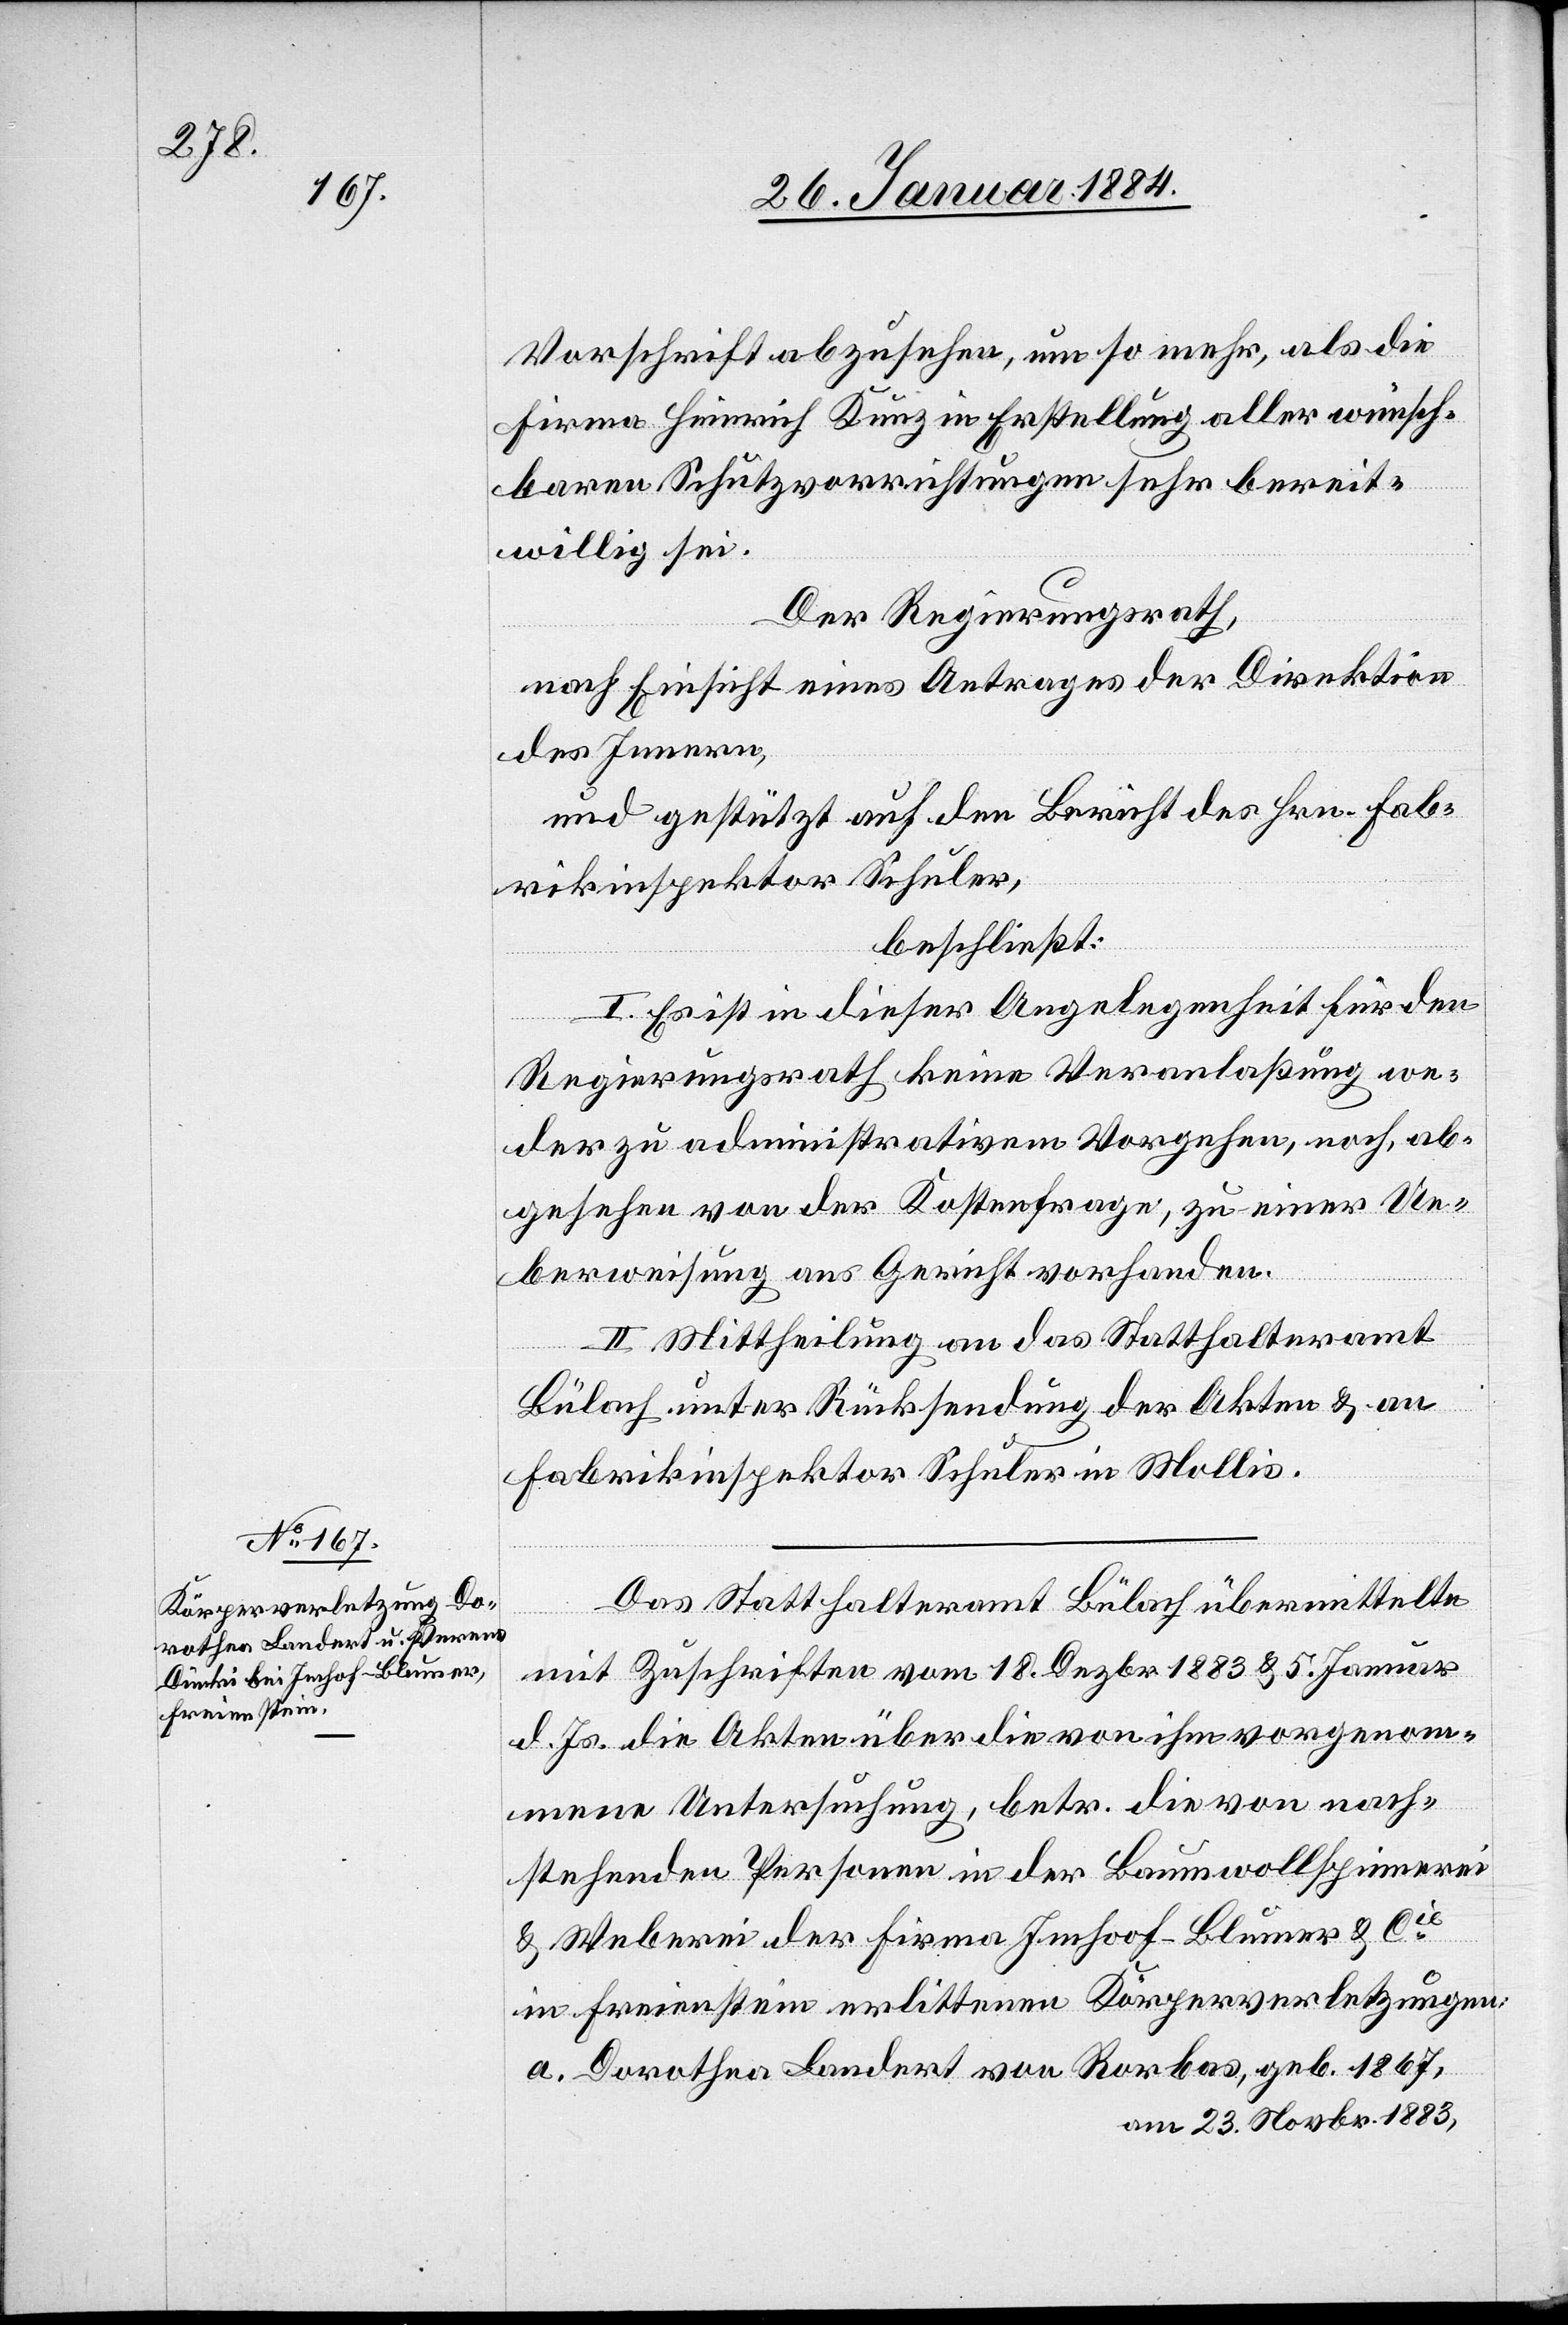
Vorschrift abzusehen, um so mehr, als die
Firma Heinrich Kunz in Erstellung aller wünsch¬
baren Schutzvorrichtungen sehr bereit¬
willig sei.
Der Regierungsrath,
nach Einsicht eines Antrages der Direktion
des Innern,
und gestützt auf den Bericht des Hrn. Fab¬
rikinspektor Schuler,
beschließt:
I. Es ist in dieser Angelegenheit für den
Regierungsrath keine Veranlaßung we¬
der zu administrativem Vorgehen, noch, ab¬
gesehen von der Kostenfrage, zu einer Ue¬
berweisung ans Gericht vorhanden.
II. Mittheilung an das Statthalteramt
Bülach unter Rücksendung der Akten & an
Fabrikinspektor Schuler in Mollis.
Das Statthalteramt Bülach übermittelte
mit Zuschriften vom 18. Dezbr. 1883 & 5. Januar
d. Js. die Akten über die von ihm vorgenom¬
menen Untersuchungen, betr. die von nach¬
stehenden Personen in der Baumwollspinnerei
& Weberei der Firma Imhoof-Blumer [sic!]
in Freienstein erlittenen Köperverletzungen:
a. Dorothea Landert von Rorbas, geb. 1867,
am 23. Novbr. 1883,